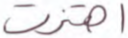
اهتزت